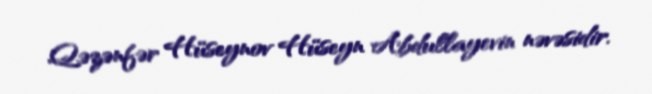
Qəzənfər Hüseynov Hüseyn Abdullayevin nəvəsidir.